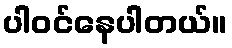
ပါဝင်နေပါတယ်။